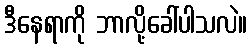
ဒီနေရာကို ဘာလို့ခေါ်ပါသလဲ။